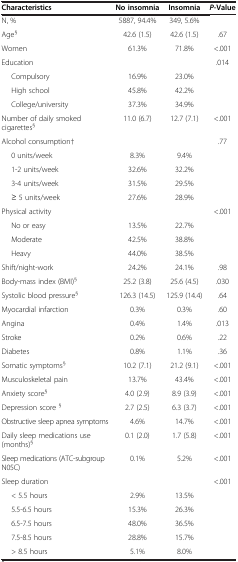
<table><thead><tr><td><b>Characteristics</b></td><td><b>No insomnia</b></td><td><b>Insomnia</b></td><td><b><i>P</i>-Value</b></td></tr></thead><tbody><tr><td>N, %</td><td>5887, 94.4%</td><td>349, 5.6%</td><td> </td></tr><tr><td>Age<sup>§</sup></td><td>42.6 (1.5)</td><td>42.6 (1.5)</td><td>.67</td></tr><tr><td>Women</td><td>61.3%</td><td>71.8%</td><td>&lt;.001</td></tr><tr><td>Education</td><td> </td><td> </td><td>.014</td></tr><tr><td>Compulsory</td><td>16.9%</td><td>23.0%</td><td> </td></tr><tr><td>High school</td><td>45.8%</td><td>42.2%</td><td> </td></tr><tr><td>College/university</td><td>37.3%</td><td>34.9%</td><td> </td></tr><tr><td>Number of daily smoked cigarettes<sup>§</sup></td><td>11.0 (6.7)</td><td>12.7 (7.1)</td><td>&lt;.001</td></tr><tr><td>Alcohol consumption†</td><td> </td><td> </td><td>.77</td></tr><tr><td>0 units/week</td><td>8.3%</td><td>9.4%</td><td> </td></tr><tr><td>1-2 units/week</td><td>32.6%</td><td>32.2%</td><td> </td></tr><tr><td>3-4 units/week</td><td>31.5%</td><td>29.5%</td><td> </td></tr><tr><td>≥ 5 units/week</td><td>27.6%</td><td>28.9%</td><td> </td></tr><tr><td>Physical activity</td><td> </td><td> </td><td>&lt;.001</td></tr><tr><td>No or easy</td><td>13.5%</td><td>22.7%</td><td> </td></tr><tr><td>Moderate</td><td>42.5%</td><td>38.8%</td><td> </td></tr><tr><td>Heavy</td><td>44.0%</td><td>38.5%</td><td> </td></tr><tr><td>Shift/night-work</td><td>24.2%</td><td>24.1%</td><td>.98</td></tr><tr><td>Body-mass index (BMI)<sup>§</sup></td><td>25.2 (3.8)</td><td>25.6 (4.5)</td><td>.030</td></tr><tr><td>Systolic blood pressure<sup>§</sup></td><td>126.3 (14.5)</td><td>125.9 (14.4)</td><td>.64</td></tr><tr><td>Myocardial infarction</td><td>0.3%</td><td>0.3%</td><td>.60</td></tr><tr><td>Angina</td><td>0.4%</td><td>1.4%</td><td>.013</td></tr><tr><td>Stroke</td><td>0.2%</td><td>0.6%</td><td>.22</td></tr><tr><td>Diabetes</td><td>0.8%</td><td>1.1%</td><td>.36</td></tr><tr><td>Somatic symptoms<sup>§</sup></td><td>10.2 (7.1)</td><td>21.2 (9.1)</td><td>&lt;.001</td></tr><tr><td>Musculoskeletal pain</td><td>13.7%</td><td>43.4%</td><td>&lt;.001</td></tr><tr><td>Anxiety score<sup>§</sup></td><td>4.0 (2.9)</td><td>8.9 (3.9)</td><td>&lt;.001</td></tr><tr><td>Depression score <sup>§</sup></td><td>2.7 (2.5)</td><td>6.3 (3.7)</td><td>&lt;.001</td></tr><tr><td>Obstructive sleep apnea symptoms</td><td>4.6%</td><td>14.7%</td><td>&lt;.001</td></tr><tr><td>Daily sleep medications use (months)<sup>§</sup></td><td>0.1 (2.0)</td><td>1.7 (5.8)</td><td>&lt;.001</td></tr><tr><td>Sleep medications (ATC-subgroup N05C)</td><td>0.1%</td><td>5.2%</td><td>&lt;.001</td></tr><tr><td>Sleep duration</td><td> </td><td> </td><td>&lt;.001</td></tr><tr><td>&lt; 5.5 hours</td><td>2.9%</td><td>13.5%</td><td> </td></tr><tr><td>5.5-6.5 hours</td><td>15.3%</td><td>26.3%</td><td> </td></tr><tr><td>6.5-7.5 hours</td><td>48.0%</td><td>36.5%</td><td> </td></tr><tr><td>7.5-8.5 hours</td><td>28.8%</td><td>15.7%</td><td> </td></tr><tr><td>&gt; 8.5 hours</td><td>5.1%</td><td>8.0%</td><td> </td></tr></tbody></table>